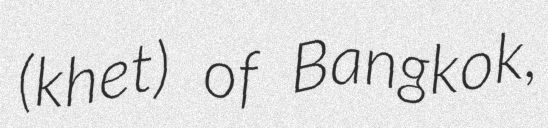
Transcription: (khet) of Bangkok,